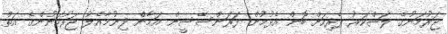
ޖަރުމަނުގެ ލަޝްކަރު ޕެރިހަށް ބޮން އެޅުމުން ފަރަންސޭސީން އަމާން ދިނުމާއެލު ޖަރުމަނުންގެ އަތް